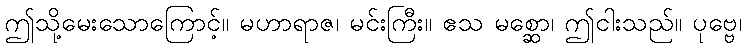
ဤသို့မေးသောကြောင့်။ မဟာရာဇ၊ မင်းကြီး။ ဧသ မစ္ဆော၊ ဤငါးသည်။ ပုဗ္ဗေ၊